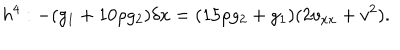
LaTeX: h ^ { 4 } : - ( g _ { 1 } + 1 0 \rho g _ { 2 } ) \delta x = ( 1 5 \rho g _ { 2 } + g _ { 1 } ) ( 2 v _ { x x } + v ^ { 2 } ) .